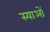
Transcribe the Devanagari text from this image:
स्याओं